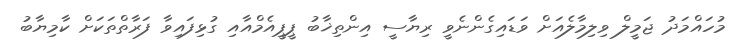
މުހައްމަދު ޖަމީލް ވިލިމާލެއަށް ވަޑައިގެންނެވީ ރިޔާސީ އިންތިޚާބު ޕީޕީއެމްއާއި ގުޅިފައިވާ ފަރާތްތަކަށް ކާމިޔާބު